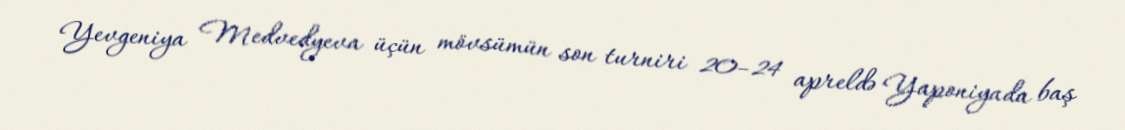
Yevgeniya Medvedyeva üçün mövsümün son turniri 20–24 apreldə Yaponiyada baş